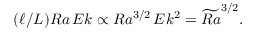
\begin{array} { r } { ( \ell / L ) R a \, E k \propto R a ^ { 3 / 2 } \, E k ^ { 2 } = \widetilde { R a } ^ { 3 / 2 } . } \end{array}